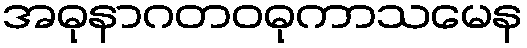
အဓုနာဂတဝဓုကာသမေန